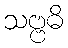
သဗ္ဗဓိ